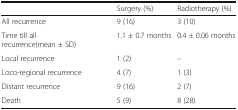
<table><thead><tr><td></td><td><b>Surgery (%)</b></td><td><b>Radiotherapy (%)</b></td></tr></thead><tbody><tr><td>All recurrence</td><td>9 (16)</td><td>3 (10)</td></tr><tr><td>Time till all recurrence(mean ± SD)</td><td>1.1 ± 0.7 months</td><td>0.4 ± 0.06 months</td></tr><tr><td>Local recurrence</td><td>1 (2)</td><td>–</td></tr><tr><td>Loco-regional recurrence</td><td>4 (7)</td><td>1 (3)</td></tr><tr><td>Distant recurrence</td><td>9 (16)</td><td>2 (7)</td></tr><tr><td>Death</td><td>5 (9)</td><td>8 (28)</td></tr></tbody></table>